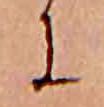
に